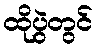
ထိုပွဲတွင်